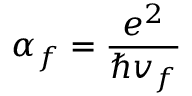
\alpha _ { f } = \frac { e ^ { 2 } } { \hbar v _ { f } }